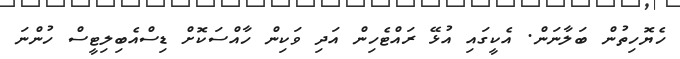
ހެޔޮހިތުން ބަލާނަން. އެކީގައި އުޅޭ ރައްޓެހިން އަދި ވަކިން ހާއްސަކޮށް ޑިސްއެބިލިޓީސް ހުންނަ